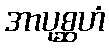
အာပုစ္ဆဟံ